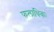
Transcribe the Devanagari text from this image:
फलाधिकः